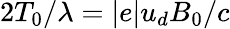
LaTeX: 2T_{0}/\lambda=|e|u_{d}B_{0}/c